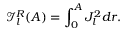
\mathcal { I } _ { l } ^ { R } ( A ) = \int _ { 0 } ^ { A } J _ { l } ^ { 2 } d r .